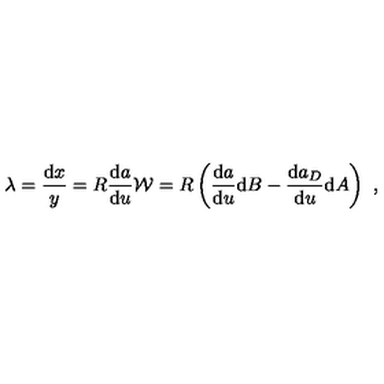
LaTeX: \lambda = \frac { \mathrm { d } x } { y } = { R } \frac { \mathrm { d } a } { \mathrm { d } u } { \cal W } = { R } \left( \frac { \mathrm { d } a } { \mathrm { d } u } \mathrm { d } B - \frac { \mathrm { d } a _ { D } } { \mathrm { d } u } \mathrm { d } A \right) \ ,